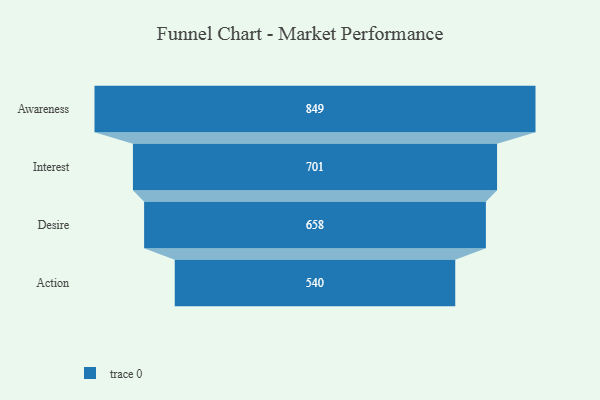
{"axis": {"x": "Stage", "y": "Value"}, "legend": [""], "data": [{"x": "Awareness", "y": 849.0, "type": ""}, {"x": "Interest", "y": 701.0, "type": ""}, {"x": "Desire", "y": 658.0, "type": ""}, {"x": "Action", "y": 540.0, "type": ""}]}